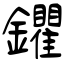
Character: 鑺